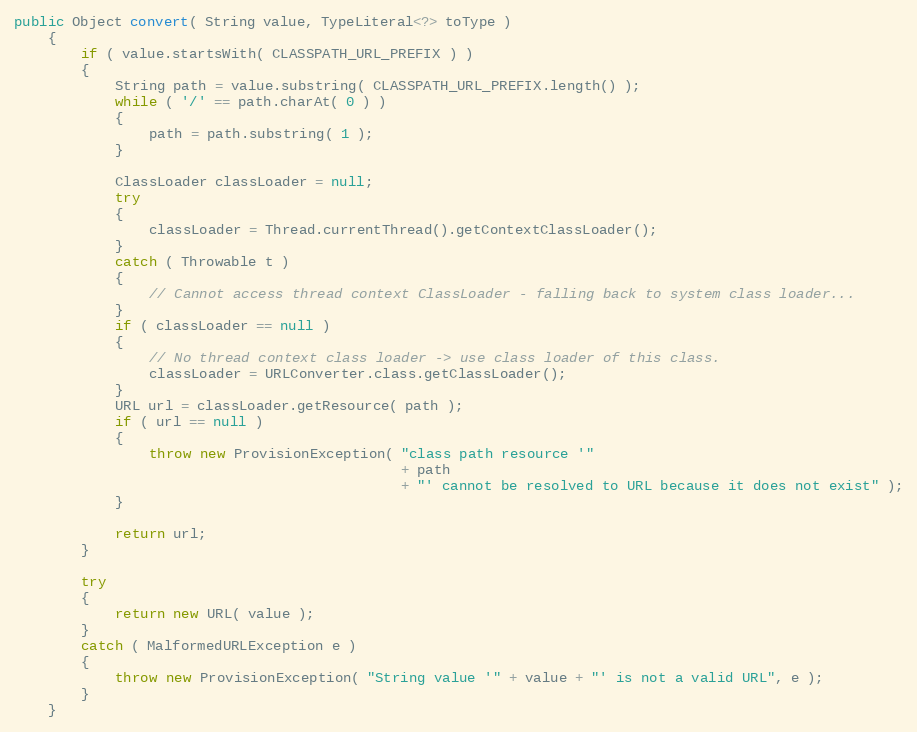
Language: Java
public Object convert( String value, TypeLiteral<?> toType )
    {
        if ( value.startsWith( CLASSPATH_URL_PREFIX ) )
        {
            String path = value.substring( CLASSPATH_URL_PREFIX.length() );
            while ( '/' == path.charAt( 0 ) )
            {
                path = path.substring( 1 );
            }

            ClassLoader classLoader = null;
            try
            {
                classLoader = Thread.currentThread().getContextClassLoader();
            }
            catch ( Throwable t )
            {
                // Cannot access thread context ClassLoader - falling back to system class loader...
            }
            if ( classLoader == null )
            {
                // No thread context class loader -> use class loader of this class.
                classLoader = URLConverter.class.getClassLoader();
            }
            URL url = classLoader.getResource( path );
            if ( url == null )
            {
                throw new ProvisionException( "class path resource '"
                                              + path
                                              + "' cannot be resolved to URL because it does not exist" );
            }

            return url;
        }

        try
        {
            return new URL( value );
        }
        catch ( MalformedURLException e )
        {
            throw new ProvisionException( "String value '" + value + "' is not a valid URL", e );
        }
    }